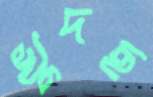
খুদছ